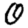
Digit: 0